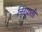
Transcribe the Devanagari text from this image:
निरयाती